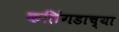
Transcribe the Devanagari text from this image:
कलिंगडाच्या